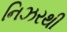
નિઝરથી